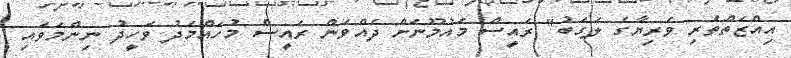
އިއްޒަތްތެރި ވެރިޔާގެ ލަގަބު" ރައީސް މައުމޫނަށް ދެއްވަން ރައީސް މުހައްމަދު ވަހީދު ނިންމަވައި